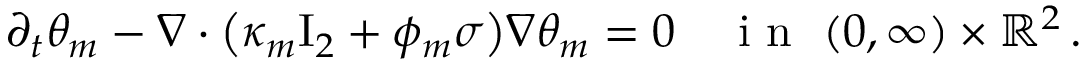
\partial _ { t } \theta _ { m } - \nabla \cdot \bigl ( \kappa _ { m } \ensuremath { \mathrm { I } _ { 2 } } + \phi _ { m } \sigma \bigr ) \nabla \theta _ { m } = 0 \quad \mathrm { ~ i ~ n ~ } \ ( 0 , \infty ) \times \ensuremath { \mathbb { R } } ^ { 2 } \, .